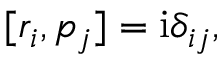
\begin{array} { r } { [ r _ { i } , p _ { j } ] = \mathrm { i } \delta _ { i j } , } \end{array}